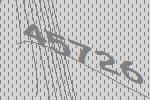
45726